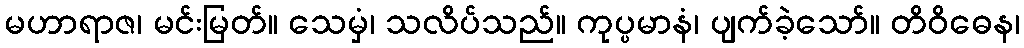
မဟာရာဇ၊ မင်းမြတ်။ သေမှံ၊ သလိပ်သည်။ ကုပ္ပမာနံ၊ ပျက်ခဲ့သော်။ တိဝိဓေန၊